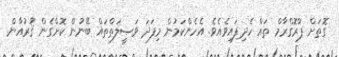
ގޮތަށް ޕްރޮގްރާމް ތައް ހެދިފައިވެއެވެ. އެހެންކަމުން މިފަދަ ވަޞީލަތްތައް ބޭނުން ކޮށްގެން ޤުރުއާން